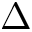
\Delta